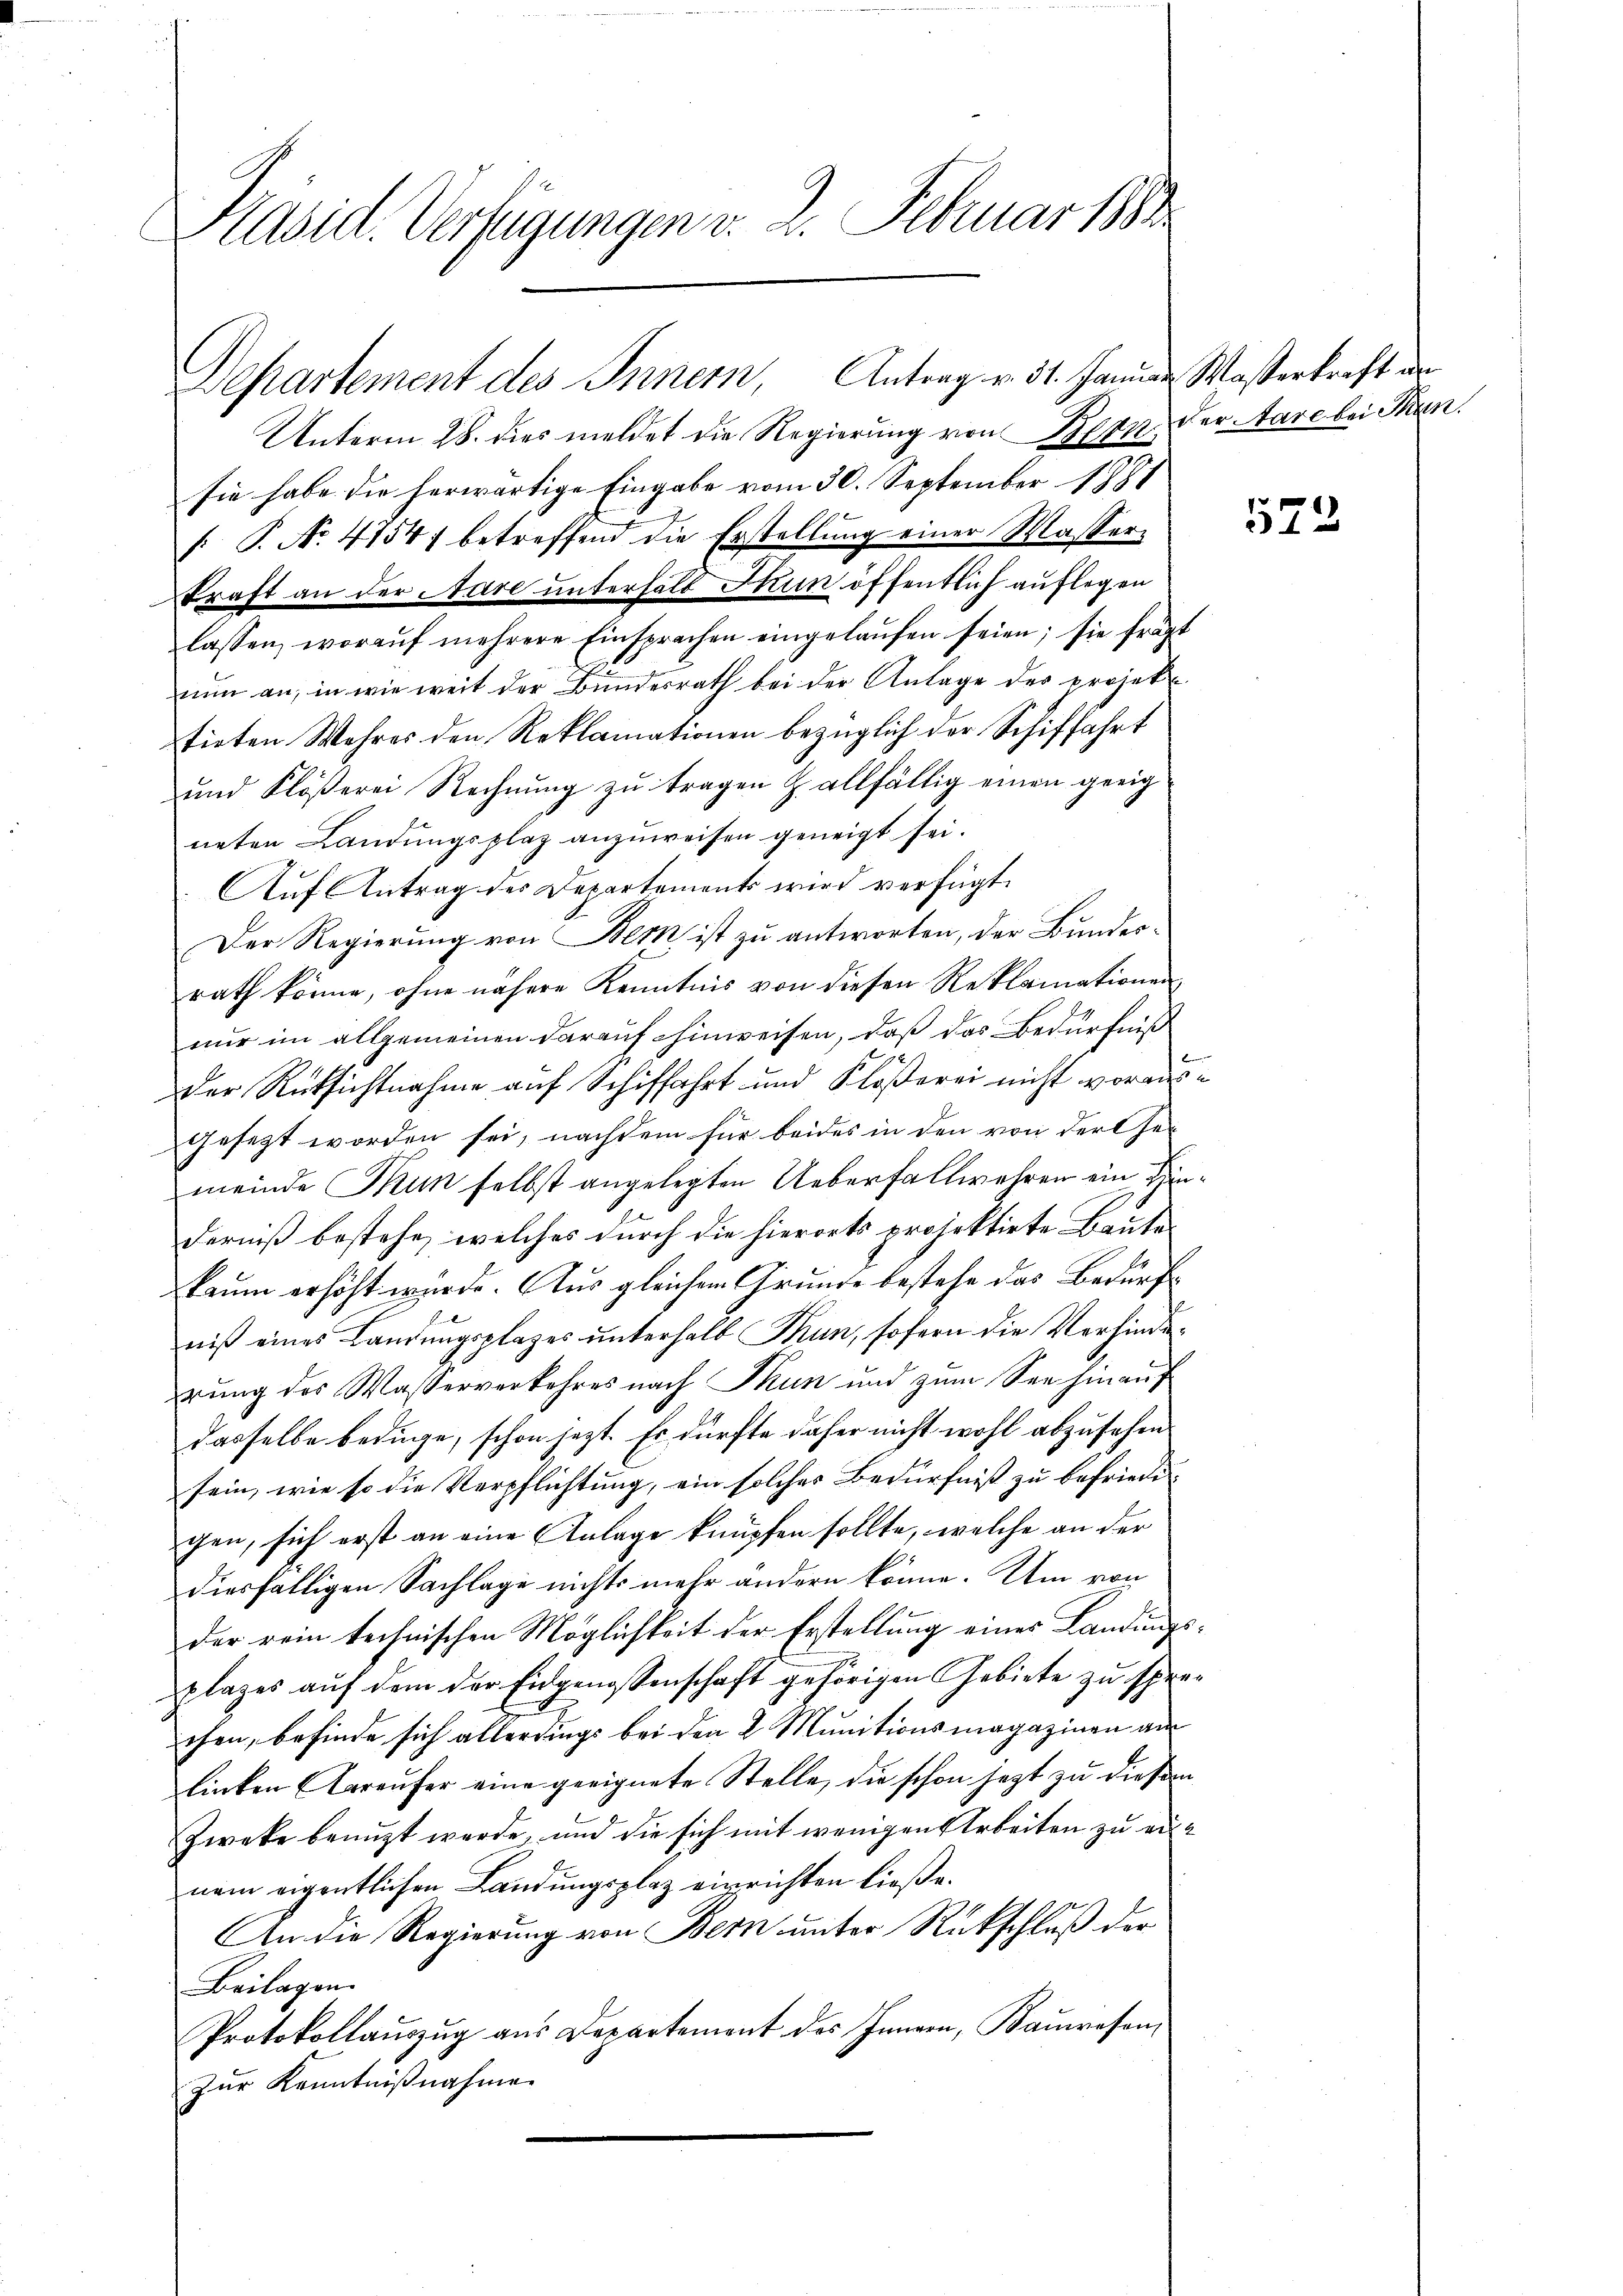
Pasid. Verfügungen v. 2. Februar 1880

Departement des Innern, Antrag v. 31. Januar Waßerkraft an

Unterm 28. dies meldet die Regierung von Bern der Aare bei Tan
sie habe die herwärtige Eingabe vom 30. September 1881
F. P. Nr. 47547 betreffend die Erstellung einer Masser-
kraft an der Aare unterhalb Jun öffentlich auflegen
lassen, woraŭf mehrere Einsprachen eingelaŭfen seien; sie frägt
nŭn an, in wie weit der Bŭndesrath bei der Anlage des projek
tirten Wehres den Reklamationen bezüglich der Schiffahrt
und Flößerei Rechnung zu tragen & allfällig einen geeig
neten Landŭngsplaz anzŭweisen geneigt sei.
Auf Antrag des Departements wird verfügt:
Der Regierung von Bern ist zu antworten, der Bundesrath könne, ohne nähere Kenntnis von diesen Reklamationen
nur im allgemeinen darauf hinweisen, daß das Bedürfniß
92
Der Rücksichtnahme auf Schiffahrt und Klößerei nicht vorausgesezt worden sei, nachdem für beides in den von der Gemeinde Tun selbst angelegten Ueberfallwehren ein Hinderniß bestehe, welches durch die hierorts projektirte Baute
kaum erhöht wurde. Aus gleichem Grunde bestehe das Bedürfniß eines Landungsplazes unterhalb Thun, sofern die Verhinderung des Wasserverkehres nach Thun und zŭm See hinauf
dasselbe bedüge, schon jetzt. Es dürfte daher nicht wohl abzusehen
sein, wie so die Verpflichtung, ein solches Bedürfniß zu befriedegen, sich erst an eine Anlage knüpfen sollte, welche an der
diesfälligen Sachlage nichts mehr ändern könne. Um von
der rein technischen Möglichkeit der Erstellung eines Landungsplazes auf dem der Eidgenossenschaft gehörigen Gebiete zu sprechen, befinde sich allerdings bei den 2 Munitionsmagazinen am
linken Aaraufer eine geeignete Stelle, die schon jetzt zu diesen
Zweke benuzt werde, und die sich mit wenigen Arbeiten zu ernem eigentlichen Landungsplaz einrichten ließe.
An die Regierung von Bern unter Rückschluß der
Beilagen.
Protokollauszug aus Departement des Innern, Bauresen,
Zur Kenntnißnahme

572